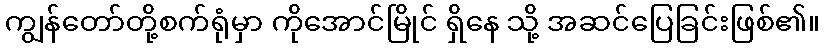
ကျွန်တော်တို့စက်ရုံမှာ ကိုအောင်မြိုင် ရှိနေ သို့ အဆင်ပြေခြင်းဖြစ်၏။